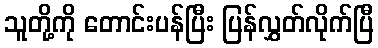
သူတို့ကို တောင်းပန်ပြီး ပြန်လွှတ်လိုက်ပြီ